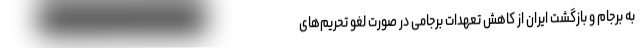
به برجام و بازگشت ایران از کاهش تعهدات برجامی در صورت لغو تحریم‌های